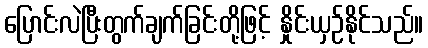
ပြောင်းလဲပြီးတွက်ချက်ခြင်းတို့ဖြင့် နှိုင်းယှဉ်နိုင်သည်။